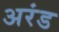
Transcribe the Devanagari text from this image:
अरंड